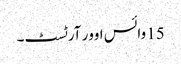
15 وائس اوور آرٹسٹ۔